Eesti_Peakonsulaat_New_Yorgis, lk 52
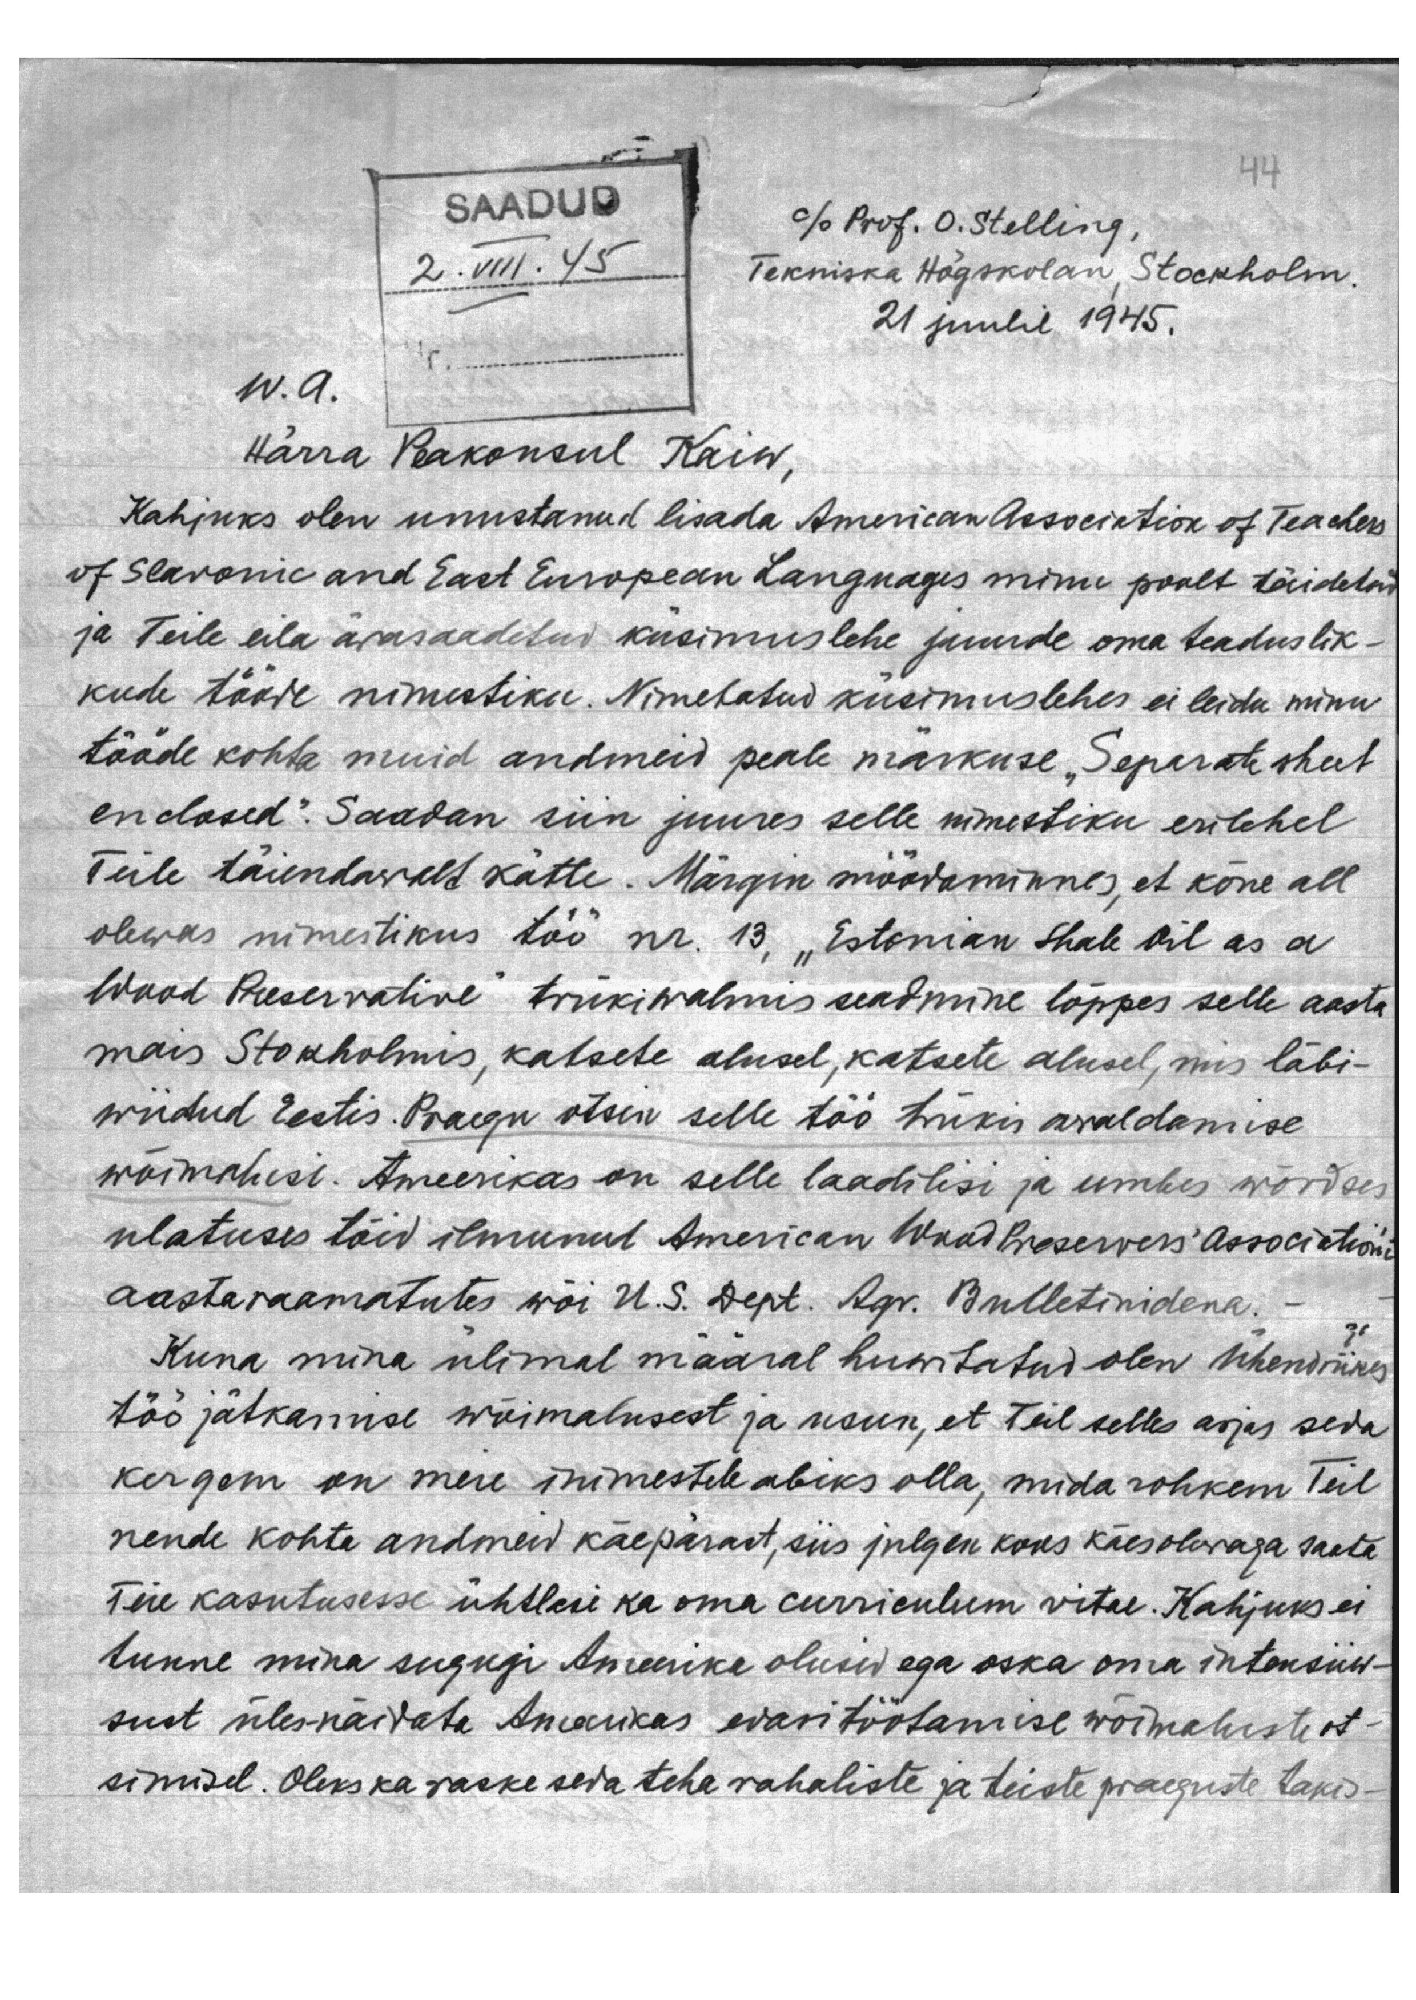
SAADUD
2.VIII.45

44
% Prof. O. Stelling,
Tekniska Högskolan, Stockholm.
21 juulil 1945.

W. A.
Härra Peakonsul Kaiw,
Kahjuks olen unustanud lisada American Association of Teachers
of Slavonic and East European Languages minu poolt täidetud
ja Teile eila ärasaadetud küsimuslehe juurde oma teaduslik-
kude tööde nimestiku. Nimetatud küsimuslehes ei leidu minu
tööde kohta muid andmeid peale märkuse "Separate sheet
enclosed". Saadan siin juures selle nimestiku erilehel
Teile täiendawalt kätte. Märgin möödaminnes, et kõne all
olewas nimestikus töö nr. 13, "Estonian Shale Oil as a
Wood Preservative" trükiwalmis seadmine lõppes selle aasta
mais Stokholmis, katsete alusel, katsete alusel, mis läbi-
wiidud Eestis. Praegu otsin selle töö trükis awaldamise
wõimalusi. Ameerikas on selle laadilisi ja umbes wõrdses
ulatuses töid ilmunud American Wrad Preservers' Association'i
aastaraamatutes wõi U.S. Dept. Agr. Bulletinidena.
Kuna mina ülimal määral huwitatud olen Ühendriikes
töö jätkamise wõimalusest ja usun, et teil selles asjas seda
kergem on meie inimestele abiks olla, mida rohkem Teil
nende kohta andmeid käepärast, siis julgen koos käesolevaga saata
Teie kasutusesse ühtlasi ka oma curriculum vitae. Kahjuks ei
tunne mina sugugi Ameerike olusid ega oska oma intensiiw -
sust üles-näidata Ameerikas edasitöötamise wõimaluste ot-
simisel. Oleks ka raske seda teha rahaliste ja teiste praeguste takis-